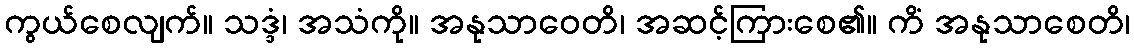
ကွယ်စေလျက်။ သဒ္ဒံ၊ အသံကို။ အနုသာဝေတိ၊ အဆင့်ကြားစေ၏။ ကိံ အနုသာစေတိ၊